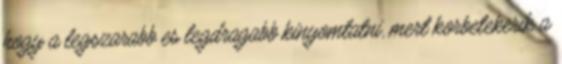
hogy a legszarabb es legdragabb kinyomtatni, mert korbetekerik a